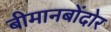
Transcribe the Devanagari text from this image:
बीमानबोंदोर